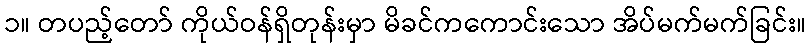
၁။ တပည့်တော် ကိုယ်ဝန်ရှိတုန်းမှာ မိခင်ကကောင်းသော အိပ်မက်မက်ခြင်း။